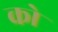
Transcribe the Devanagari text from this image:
को